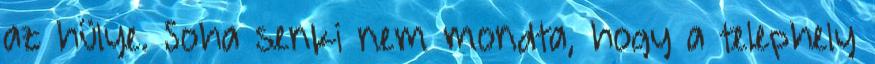
az hülye. Soha senki nem mondta, hogy a telephely